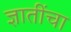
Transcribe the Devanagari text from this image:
ज्ञातींचा